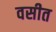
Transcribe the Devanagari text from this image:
वसीत